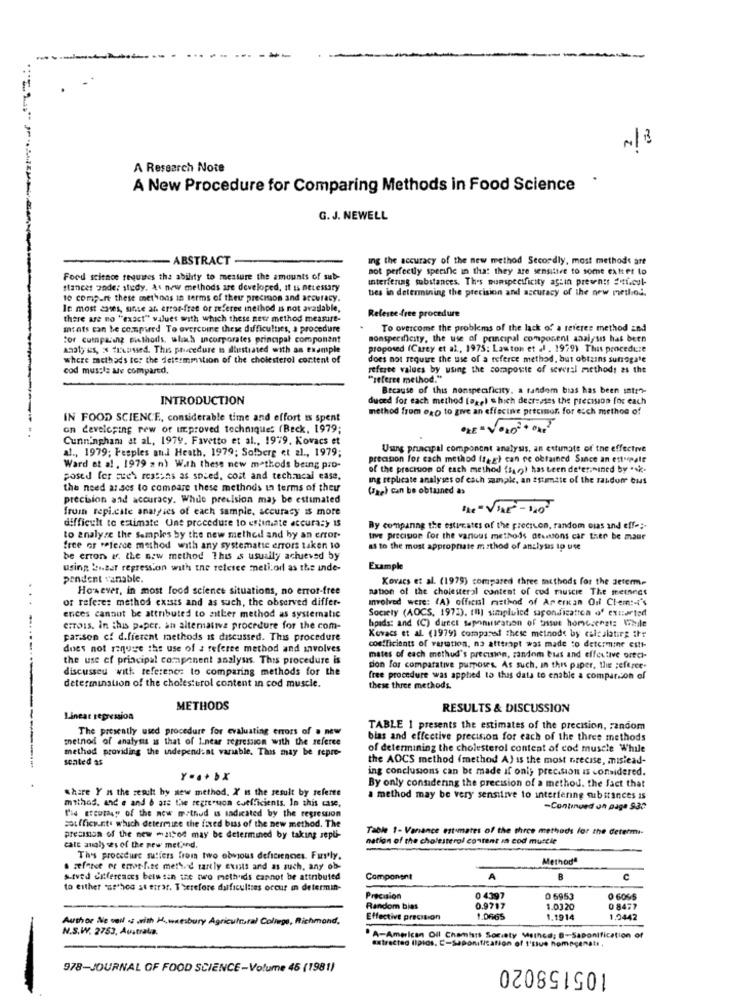
N/8
A Research Note
.
A New Procedure for Comparing Methods in Food Science
G. J. NEWELL
- ABSTRACT
ing the accuracy of the new method Secondly, most methods are
not perfectly specific in that they are sensitive to some extter to
Food science requires the ability to measure the amounts of sub-
interfering substances. Thes numspecificity aguin presents Sti.cul-
stances under study, At new methods are developed, it is necessary
ties in determining the precision and accuracy of the new method.
10 compart these methods in terms of their precision and accuracy.
le most antes, unse ar. error-free or referee inethod is not available,
Referee free procedure
there are no "exact" values with which these new method measure-
mrats can be compared To overcome these difficultses, a procedure
To overcome the problems of the lack of a referes method and
for cumpliang Bisthods, which incorporates principal component
nonspecificity, the use of principal component analysis has been
Analy iss, x fixossed. This phecedure is illustrated with an example
proposed (Carey et al, 1975: Lawton et al . 1979) This procedure
where methods for the determination of the cholesterol content of
does not require the use of a referee method, but obtains surrogate
cod muscle ale compared,
referee values by using the composite of several methods as the
"referee method."
Because of this nonspecificity. a random bias has been intr"-
INTRODUCTION
duced for each method (og,) e hich decreases the precision for each
method from exo to give an effective precison for esch method of
IN FOOD SCIENCE, considerable time and effort is spent
on developing rew of improved techniques (Beck, 1979;
Cunningham at al ., 1979. Favetto et al ., 1979. Kovacs et
al ., 1979; Fesples and Heath, 1979; Sofberg et al ., 1979;
Uung principal component analysis, an estimate of the effective
precision for cach method (f,g) can re obtained Since an ettupate
Ward et al , 1979 2 n) With these new methods being pro-
of the precision of each method (sar)) has been determined by .. k.
posed for sue's ressens as spied, cost and technical ease,
ing replicate analyses of cach sample, an Estimate of the random bus
the need asses to compare these methods in terms of theu
(zae) can be obtained as
precision and accuracy. While precision may be estimated
from repi.cate analyses of each sample, accuracy is more
difficult to estimate Une procedure to estimate accuracy 13
By comparing the estimates of the precivon, random ous and effe ;-
to analyze the samples by the new method and hy an error-
tive precision for the vanous methods deunions car then be maar
free or feferce method with any systematic errors taken 10
as to the most appropriate method of analysis ip use
be erron &f. the new method This is usually achieved by
using biber regression with the relcice mellor as the inde-
Example
pendent vanable,
Kovacs et al. (1979) compared three methods for the determ-
However, in most food science situations, no error-free
nation of the cholesterol content of cud muscle The meinecs
of referes method exists and as such, the observed differ-
Involved WEre: (A) official method of Ar erkan Oil Clem :- i's
Society (AOCS, 1972). () simpluice sapondicatica of extartod
erices cannot be attributed to zitler method as systematic
hpads: and (C) direct saponinscation of tissue homecenzt: While
errois. in this paper, an alternative procedure for the com-
parison cf d.fferent methods is discussed. This procedure
coefficients of versation, na atttrapt was made to determine estt-
Kovacs et al. (1979) coraparel these metnode by calculating ihr
does not require the use of a referee method and involves
the use of principal component analysis. This procedure is
mates of each methud's precision, random bias and effective orech-
discusseu with reference to comparing methods for the
don for comparative purposes. As such, in this paper, the ;eferee-
free procedure was applied to this data to enable a comparison of
determination of the cholesterol content in cod muscle.
these three methods.
METHODS
RESULTS & DISCUSSION
Linear regression
The presently used procedure for evaluating errors of . new
TABLE 1 presents the estimates of the precision, random
method of analysis is that of Linear regression with the referee
blas and effective precision for each of the three methods
method providing the independent variable. This may be repre-
of determining the cholesterol content of cod muscle While
seated as
the ADCS method (method A) is the most precise, mislead-
ing conclusions can be made if only precision is considered.
share Y as the realt by new method. X' is the result by referee
By only considering the precision of a method. the fact that
method, and e and & are the regreouon coefficients. In this case.
a method may be very sensitive to interfering substances is
Fie etcutey of the new method is indicated by the regression
-Continued on page 930
souffice.nt. which determine the fixed biss of the new method. The
Table 1- Variance estimates of the three methods for the determi-
precision of the new mattod may be determined by taking sepu-
nation of the cholesterol content in cod muttie
cate analy ses of the new met,and.
Th's procedure sutiers from two obvious deficiencies. Furstly.
Methodª
. seforce of emot-fite methd tantly exists and as such, any ob-
stved differences between the two methods cannot be attributed
Component
A
B
C
to either *ssthos st etrar. Therefore dalficultsas occur in determin-
Precision
0 4397
0 695
0 6065
Random bias
0.9717
1.0320
0 8477
Author Ne well .s with H.w.esbury Agricultural College, Richmond,
Effective precision
1.0665
1.1914
1.0442
N.S.W. 2753, Australia.
A-American Oil Chemists Society Meinca; B-Saponification of
extracted lipids, E-Saponification of 1'slus homecenate,
105158020
978-JOURNAL OF FOOD SCIENCE-Volume 45 (1981)